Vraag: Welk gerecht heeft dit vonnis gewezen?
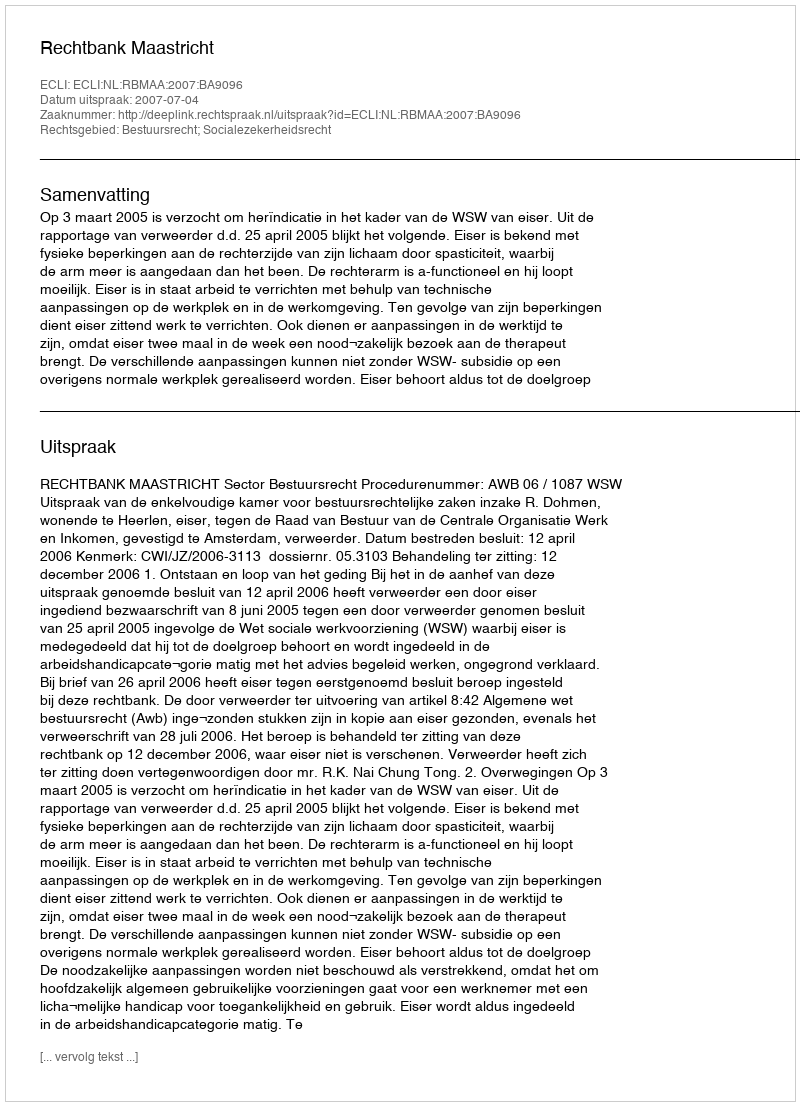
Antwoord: Rechtbank Maastricht